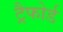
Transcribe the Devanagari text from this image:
ट्रैफोर्ड